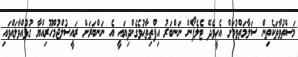
މަސްތުވާތަކެތިން ސަލާމަތްވުމަށް އެހީވެދޭ ޓެލެފޯން ނަންބަރު އިފްތިތާޙުވެގެންދިޔައީ އެ ނަންބަރަށް ރައީސުލްޖުމްހޫރިއްޔާ ގުޅުއްވާލައްވައި